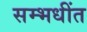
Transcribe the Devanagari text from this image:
सम्भधींत